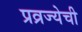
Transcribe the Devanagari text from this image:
प्रव्रज्येची